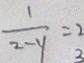
\frac { 1 } { 2 - y } = 2